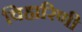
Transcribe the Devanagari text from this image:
विहारिणी